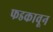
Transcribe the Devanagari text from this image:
फडकावून